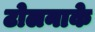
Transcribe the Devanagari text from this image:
टोलनाके